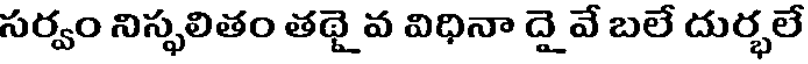
సర్వం నిస్ఫలితం తథై వ విధినా దై వే బలే దుర్భలే